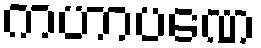
ကဟာပဏေ